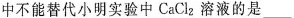
中不能替代小明实验中 CaCl_{2}溶液的是___